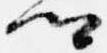
卿